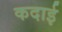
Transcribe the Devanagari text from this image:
कदाई